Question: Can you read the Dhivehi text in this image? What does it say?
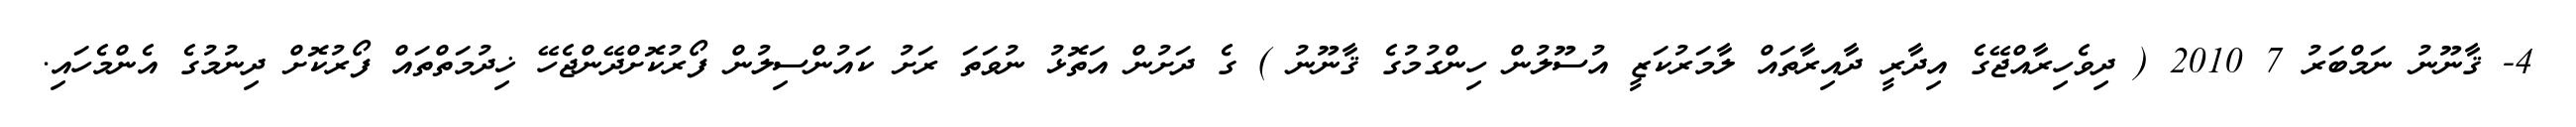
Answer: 4- ޤާނޫނު ނަމްބަރު 7 2010 ( ދިވެހިރާއްޖޭގެ އިދާރީ ދާއިރާތައް ލާމަރުކަޒީ އުސޫލުން ހިންގުމުގެ ޤާނޫނު ) ގެ ދަށުން އަތޮޅު ނުވަތަ ރަށު ކައުންސިލުން ފޯރުކޮށްދޭންޖެހޭ ޚިދުމަތްތައް ފޯރުކޮށް ދިނުމުގެ އެންމެހައި.